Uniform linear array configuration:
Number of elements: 8
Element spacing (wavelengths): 0.25
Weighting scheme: blackman
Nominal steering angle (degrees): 30
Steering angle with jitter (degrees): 30.274
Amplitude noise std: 0.05
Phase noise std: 0.05

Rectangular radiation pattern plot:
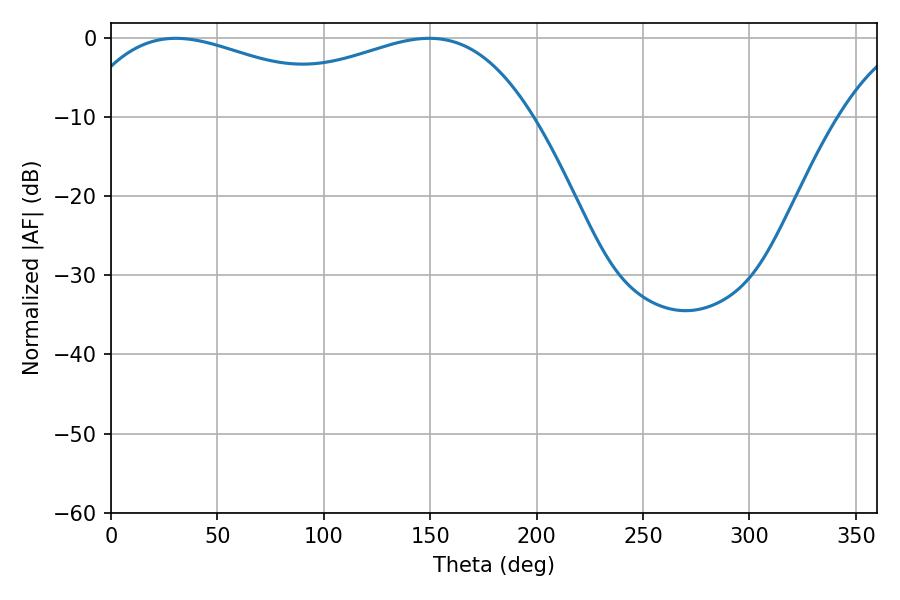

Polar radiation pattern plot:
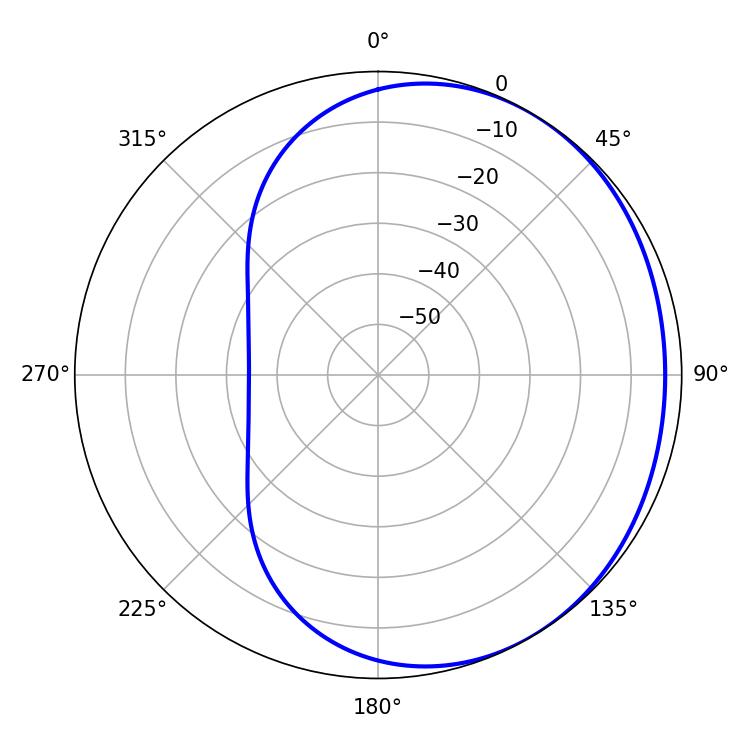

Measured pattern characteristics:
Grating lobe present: FALSE
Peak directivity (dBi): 1.66
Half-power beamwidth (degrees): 76.32
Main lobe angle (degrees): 30.42